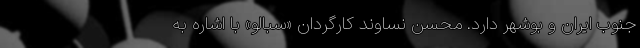
جنوب ایران و بوشهر دارد. محسن نساوند کارگردان «سبالو» با اشاره به